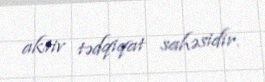
aktiv tədqiqat sahəsidir.